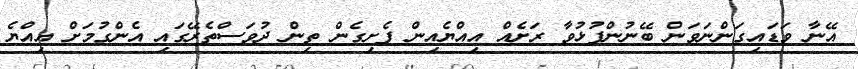
އޭނާ ވަޑައިގަންނަވަން ބޭނުންފުޅުވާ ރަށެއް އިއްޔެއިން ފެށިގެން ތިން ދުވަސްތެރޭގައި އެންގުމަށް އިއްޔެ